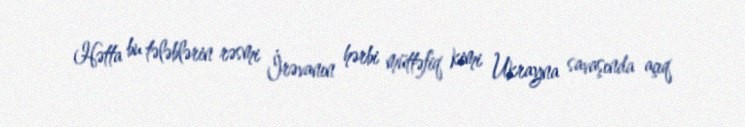
Hətta bu tələblərin rəsmi İrəvanın hərbi müttəfiq kimi Ukrayna savaşında açıq